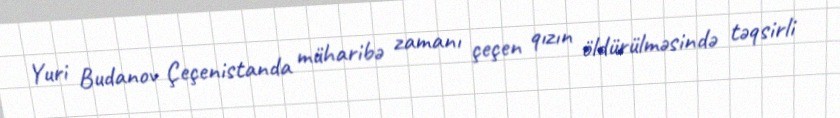
Yuri Budanov Çeçenistanda müharibə zamanı çeçen qızın öldürülməsində təqsirli